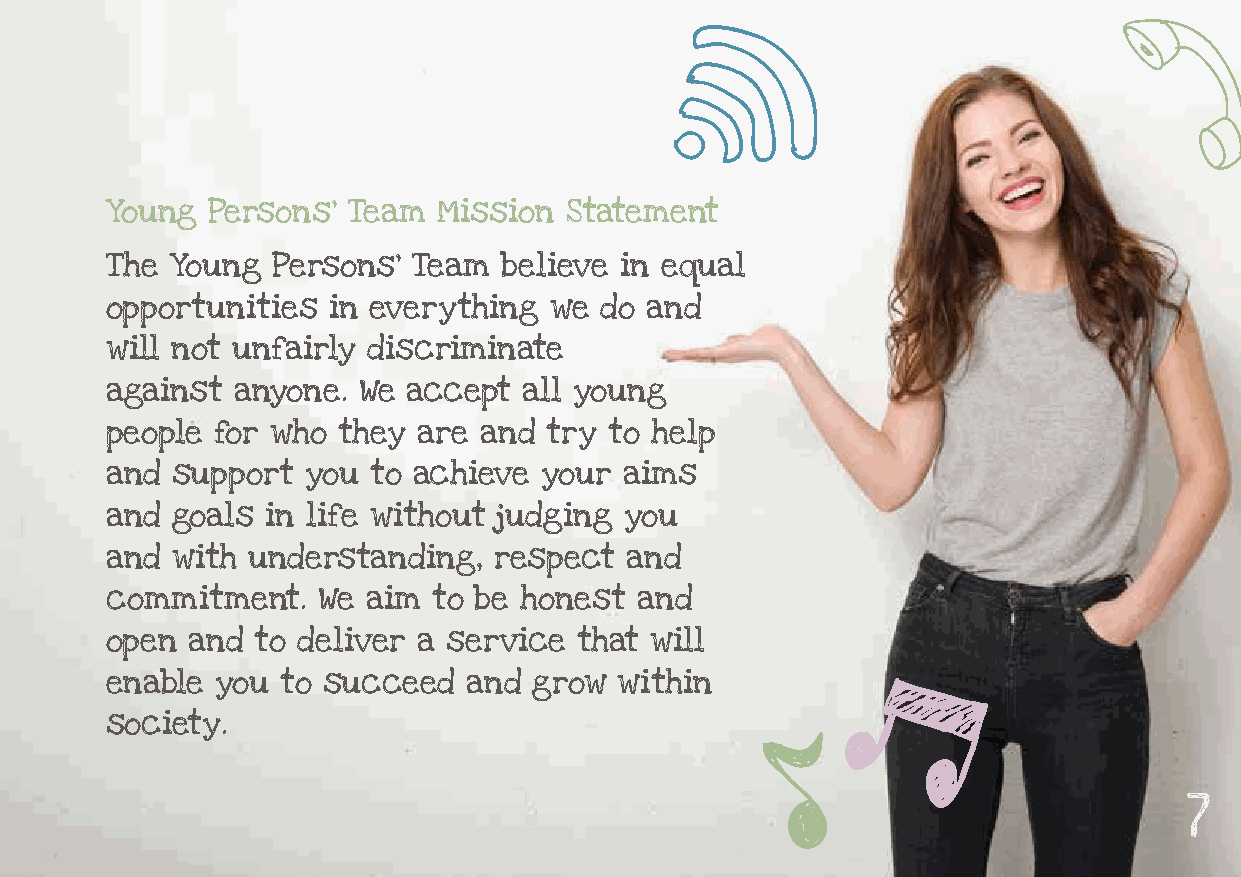
Young  Persons’ Team  Mission Statement
 What do we do?
 The Young  Persons’ Team  believe in equal
 opportunities  in everything we  do and
 will not unfairly discriminate
 against  anyone. We accept  all young
 people for who they  are and try to help
 and support  you  to achieve your aims
 and goals  in life without judging you
 and with understanding,   respect and
 commitment.   We aim  to be honest and
 open  and to deliver a service that will
 enable you  to succeed  and grow  within
 society.
 7